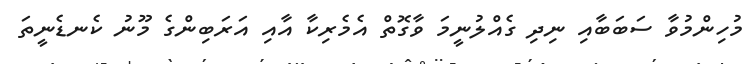
މުހިންމުވާ ސަބަބާއި ނިދި ގެއްލުނީމަ ވާގޮތް އެމެރިކާ އާއި އަރަބިންގެ މޫނު ކެނޑެނީތަ